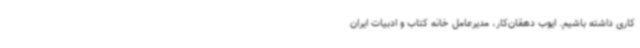
کاری داشته باشیم. ایوب دهقان‌کار، مدیرعامل خانه کتاب و ادبیات ایران